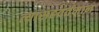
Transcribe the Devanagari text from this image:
त्यासहवर्तमान